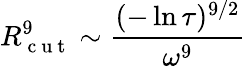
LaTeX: R_{\mathrm{~c~u~t~}}^{9}\sim\frac{(-\ln{\tau})^{9/2}}{\omega^{9}}